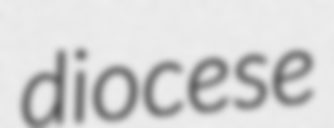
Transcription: diocese